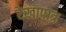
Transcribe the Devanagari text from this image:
रेखापात्र